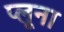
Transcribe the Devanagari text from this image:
प्लूना